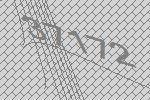
37172